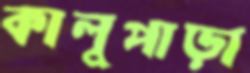
কালুপাড়া